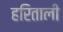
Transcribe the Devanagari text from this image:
हरिताली